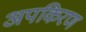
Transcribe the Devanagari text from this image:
अपकिरण